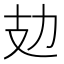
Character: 攰